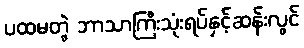
ပထမတွဲ ဘာသာကြီးသုံးရပ်နှင့်ဆန်းလွင်